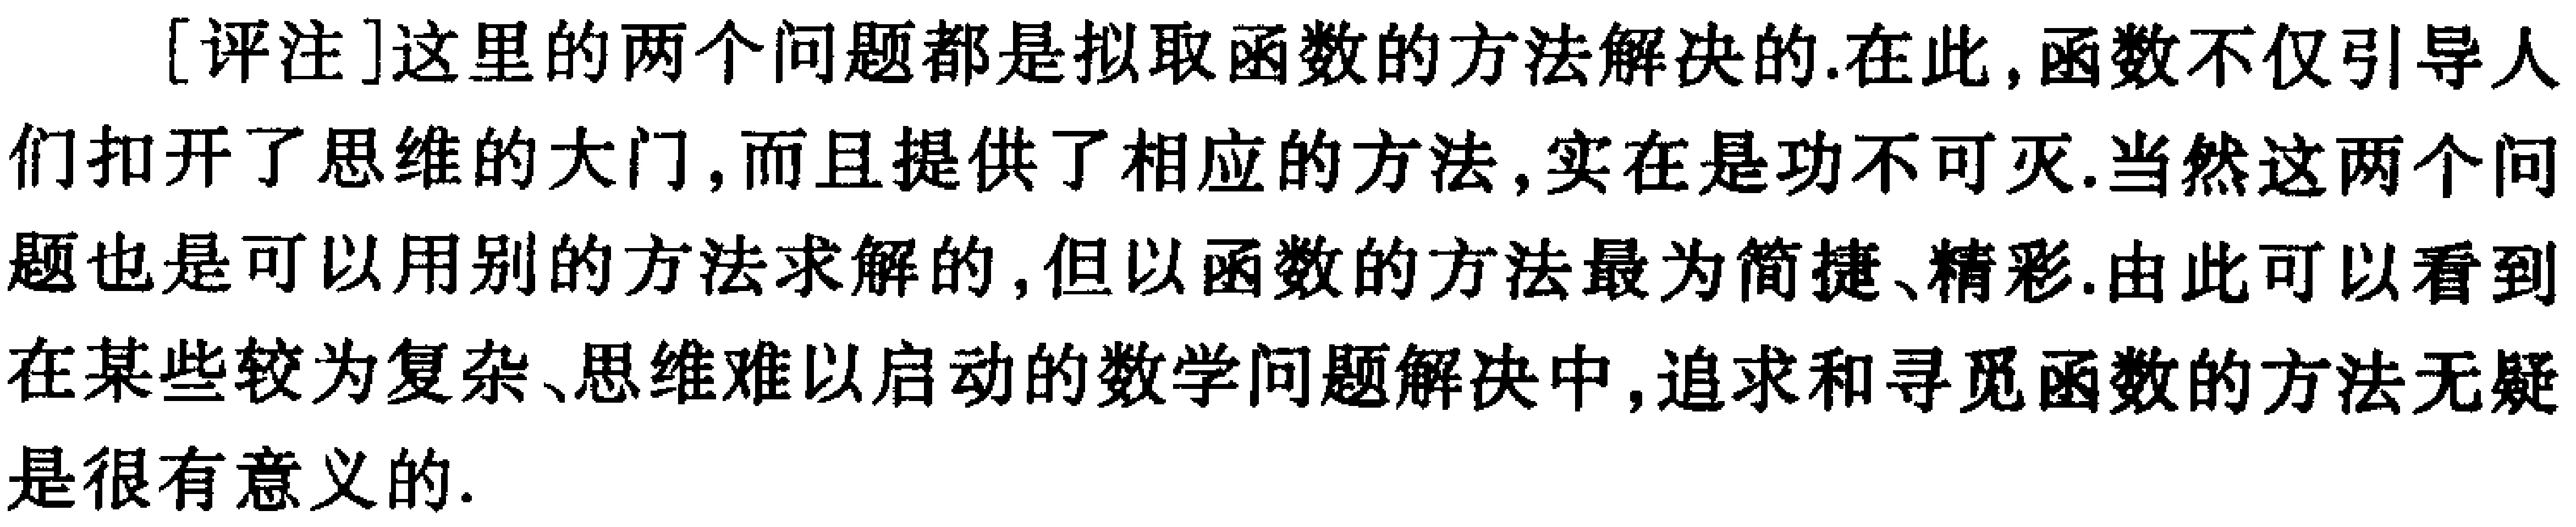
[评注]这里的两个问题都是拟取函数的方法解决的.在此,函数不仅引导人们扣开了思维的大门,而且提供了相应的方法,实在是功不可灭.当然这两个问题也是可以用别的方法求解的,但以函数的方法最为简捷、精彩.由此可以看到在某些较为复杂、思维难以启动的数学问题解决中,追求和寻觅函数的方法无疑是很有意义的.